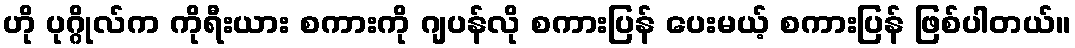
ဟို ပုဂ္ဂိုလ်က ကိုရီးယား စကားကို ဂျပန်လို စကားပြန် ပေးမယ့် စကားပြန် ဖြစ်ပါတယ်။